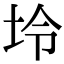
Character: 坽